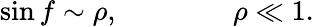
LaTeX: \sin f\sim\rho,\qquad\qquad\rho\ll 1.